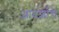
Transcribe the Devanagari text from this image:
आदर्शाचे